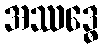
အဿဒ္ဓေ